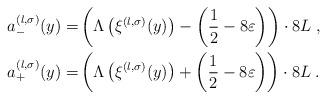
LaTeX: \begin{align*} a^{(l, \sigma)}_-(y) = & \left( \Lambda \left( \xi^{(l, \sigma)} (y) \right) - \left( \frac{1}{2} - 8\varepsilon \right) \right) \cdot 8L \;, \\ a^{(l, \sigma)}_+(y) = & \left( \Lambda \left( \xi^{(l, \sigma)} (y) \right) + \left( \frac{1}{2} - 8\varepsilon \right) \right) \cdot 8L \;. \end{align*}